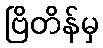
ဗြိတိန်မှ